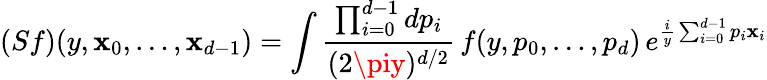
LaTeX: (Sf)(y,\mathbf{x}_{0},\dots,\mathbf{x}_{d-1})=\int\frac{{\prod_{i=0}^{d-1}dp_{i}}}{{(2\piy)^{d/2}}}\, f(y,p_{0},\dots,p_{d})\, e^{\frac{{i}}{{y}}\sum_{i=0}^{d-1}p_{i}\mathbf{x}_{i}}